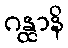
ဂန္ထာနိ